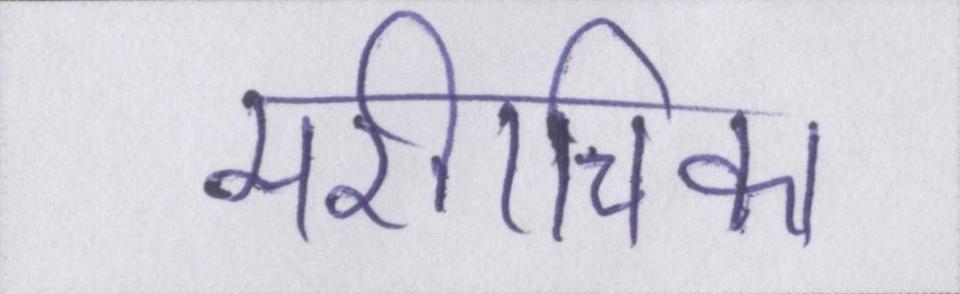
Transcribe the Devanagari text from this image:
मरीचिका